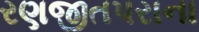
રણજીતપરાના